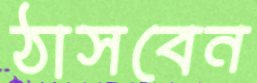
ঠাসবেন